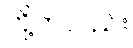
တို့ကလည်း